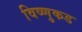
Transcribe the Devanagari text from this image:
विष्णुकड